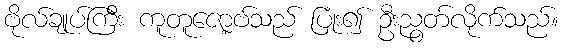
ဗိုလ်ချုပ်ကြီး ကူတူဇော့ဗ်သည် ပြုံး၍ ဦးညွတ်လိုက်သည်။